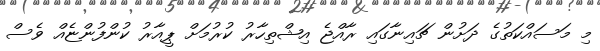
މި މަސައްކަތުގެ ދަށުން ޗައިނާގައި ރާއްޖެ އިޝްތިހާރު ކުރުމަށް ޕީއާރު ކުންފުންޏެއް ވެސް